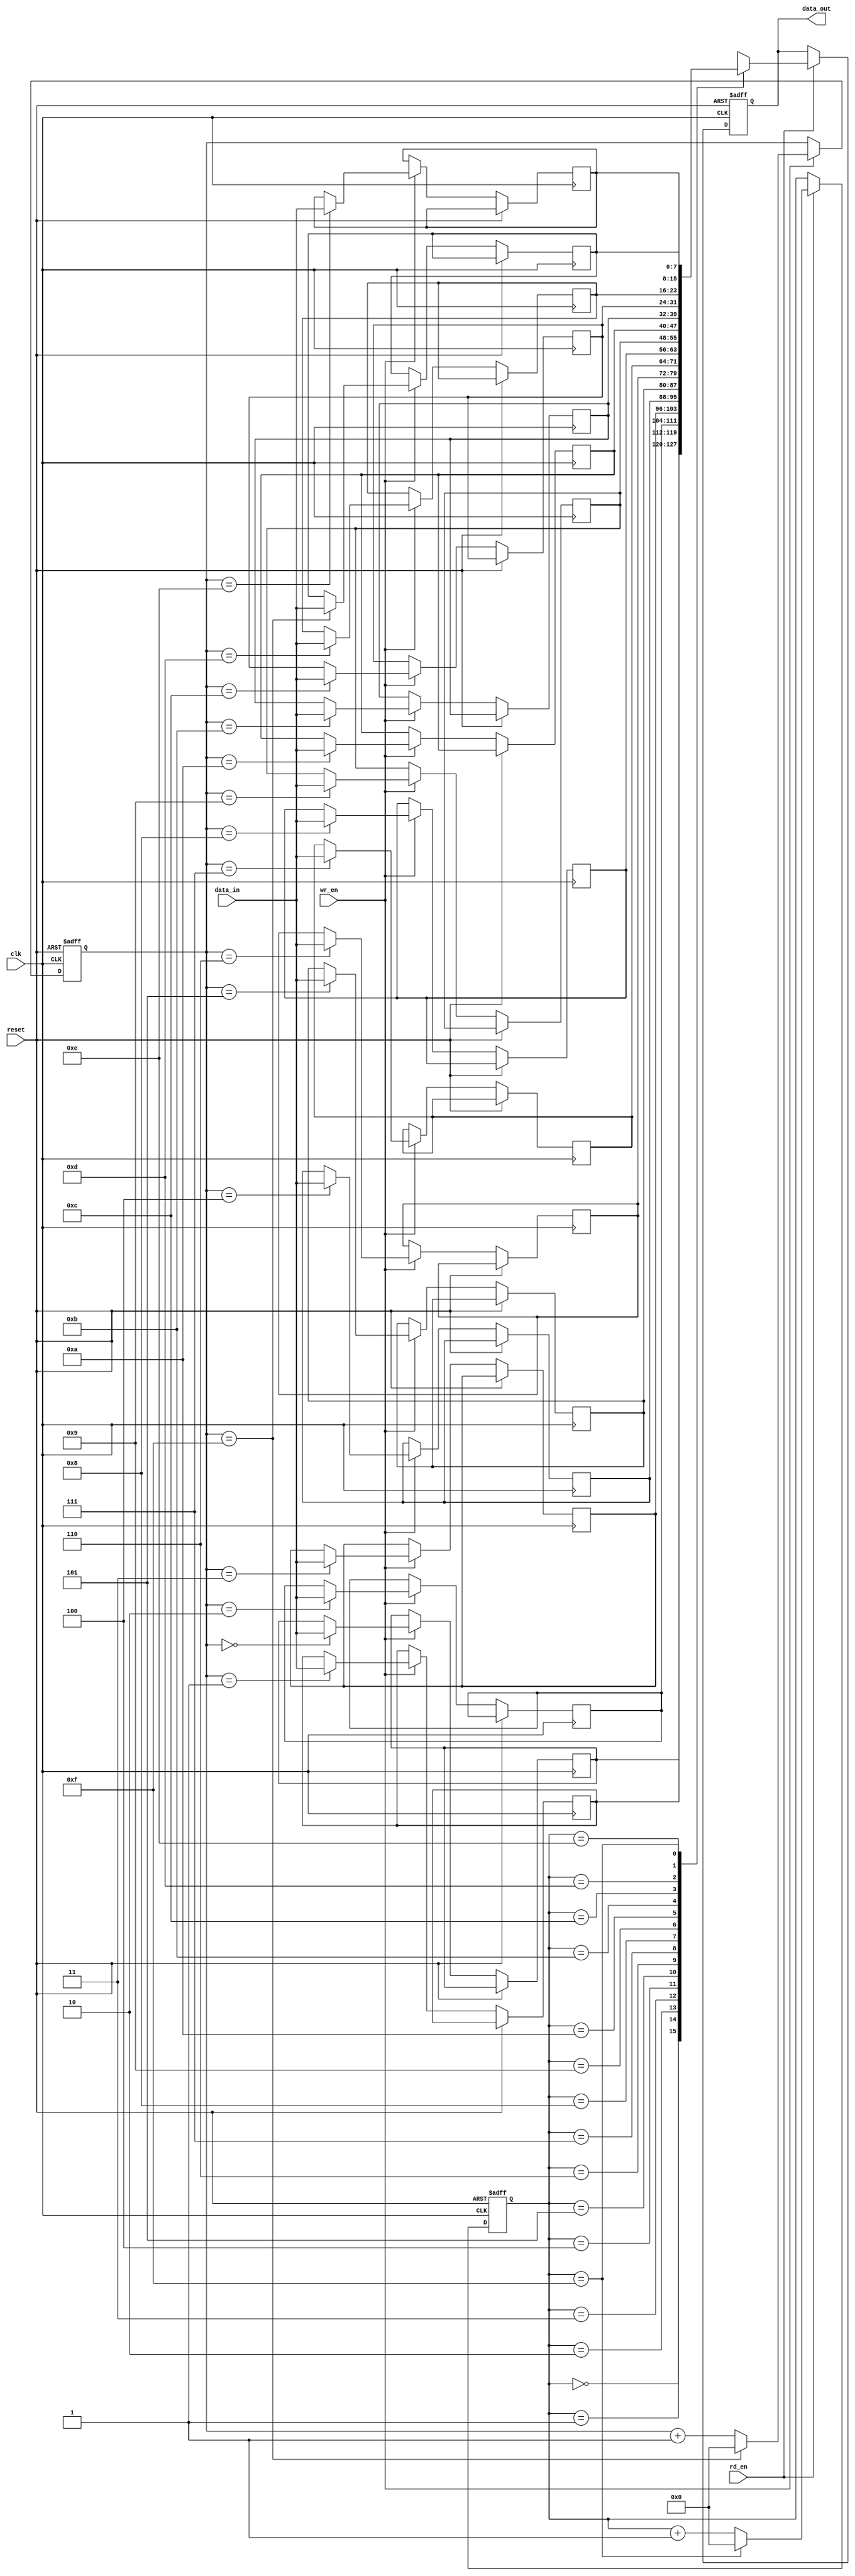
module Bidirectional_FIFO (
  input wire clk,
  input wire reset,
  input wire wr_en,
  input wire rd_en,
  input wire [7:0] data_in,
  output reg [7:0] data_out
);

reg [7:0] fifo [0:15];
reg [3:0] wr_ptr;
reg [3:0] rd_ptr;

always @ (posedge clk or posedge reset) begin
  if (reset) begin
    wr_ptr <= 4'b0000;
    rd_ptr <= 4'b0000;
    data_out <= 8'b0;
  end
  else begin
    if (wr_en) begin
      fifo[wr_ptr] <= data_in;
      wr_ptr <= (wr_ptr == 4'b1111) ? 4'b0000 : wr_ptr + 1'b1;
    end
    
    if (rd_en) begin
      data_out <= fifo[rd_ptr];
      rd_ptr <= (rd_ptr == 4'b1111) ? 4'b0000 : rd_ptr + 1'b1;
    end
  end
end

endmodule